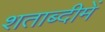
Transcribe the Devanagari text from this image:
शताब्‍दीमें